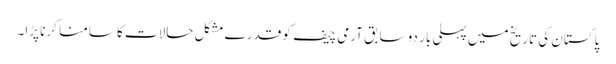
پاکستان کی تاریخ میں پہلی بار دو سابق آرمی چیف کو قدرے مشکل حالات کا سامنا کرنا پڑا۔